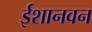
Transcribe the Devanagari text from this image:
ईशानवन